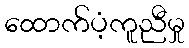
ထောက်ပံ့ကူညီမှု